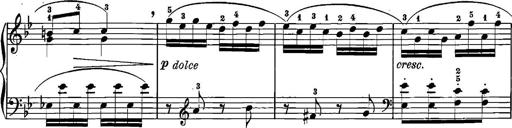
Title: 12 Sonatinas
Composer: Ignaz Pleyel